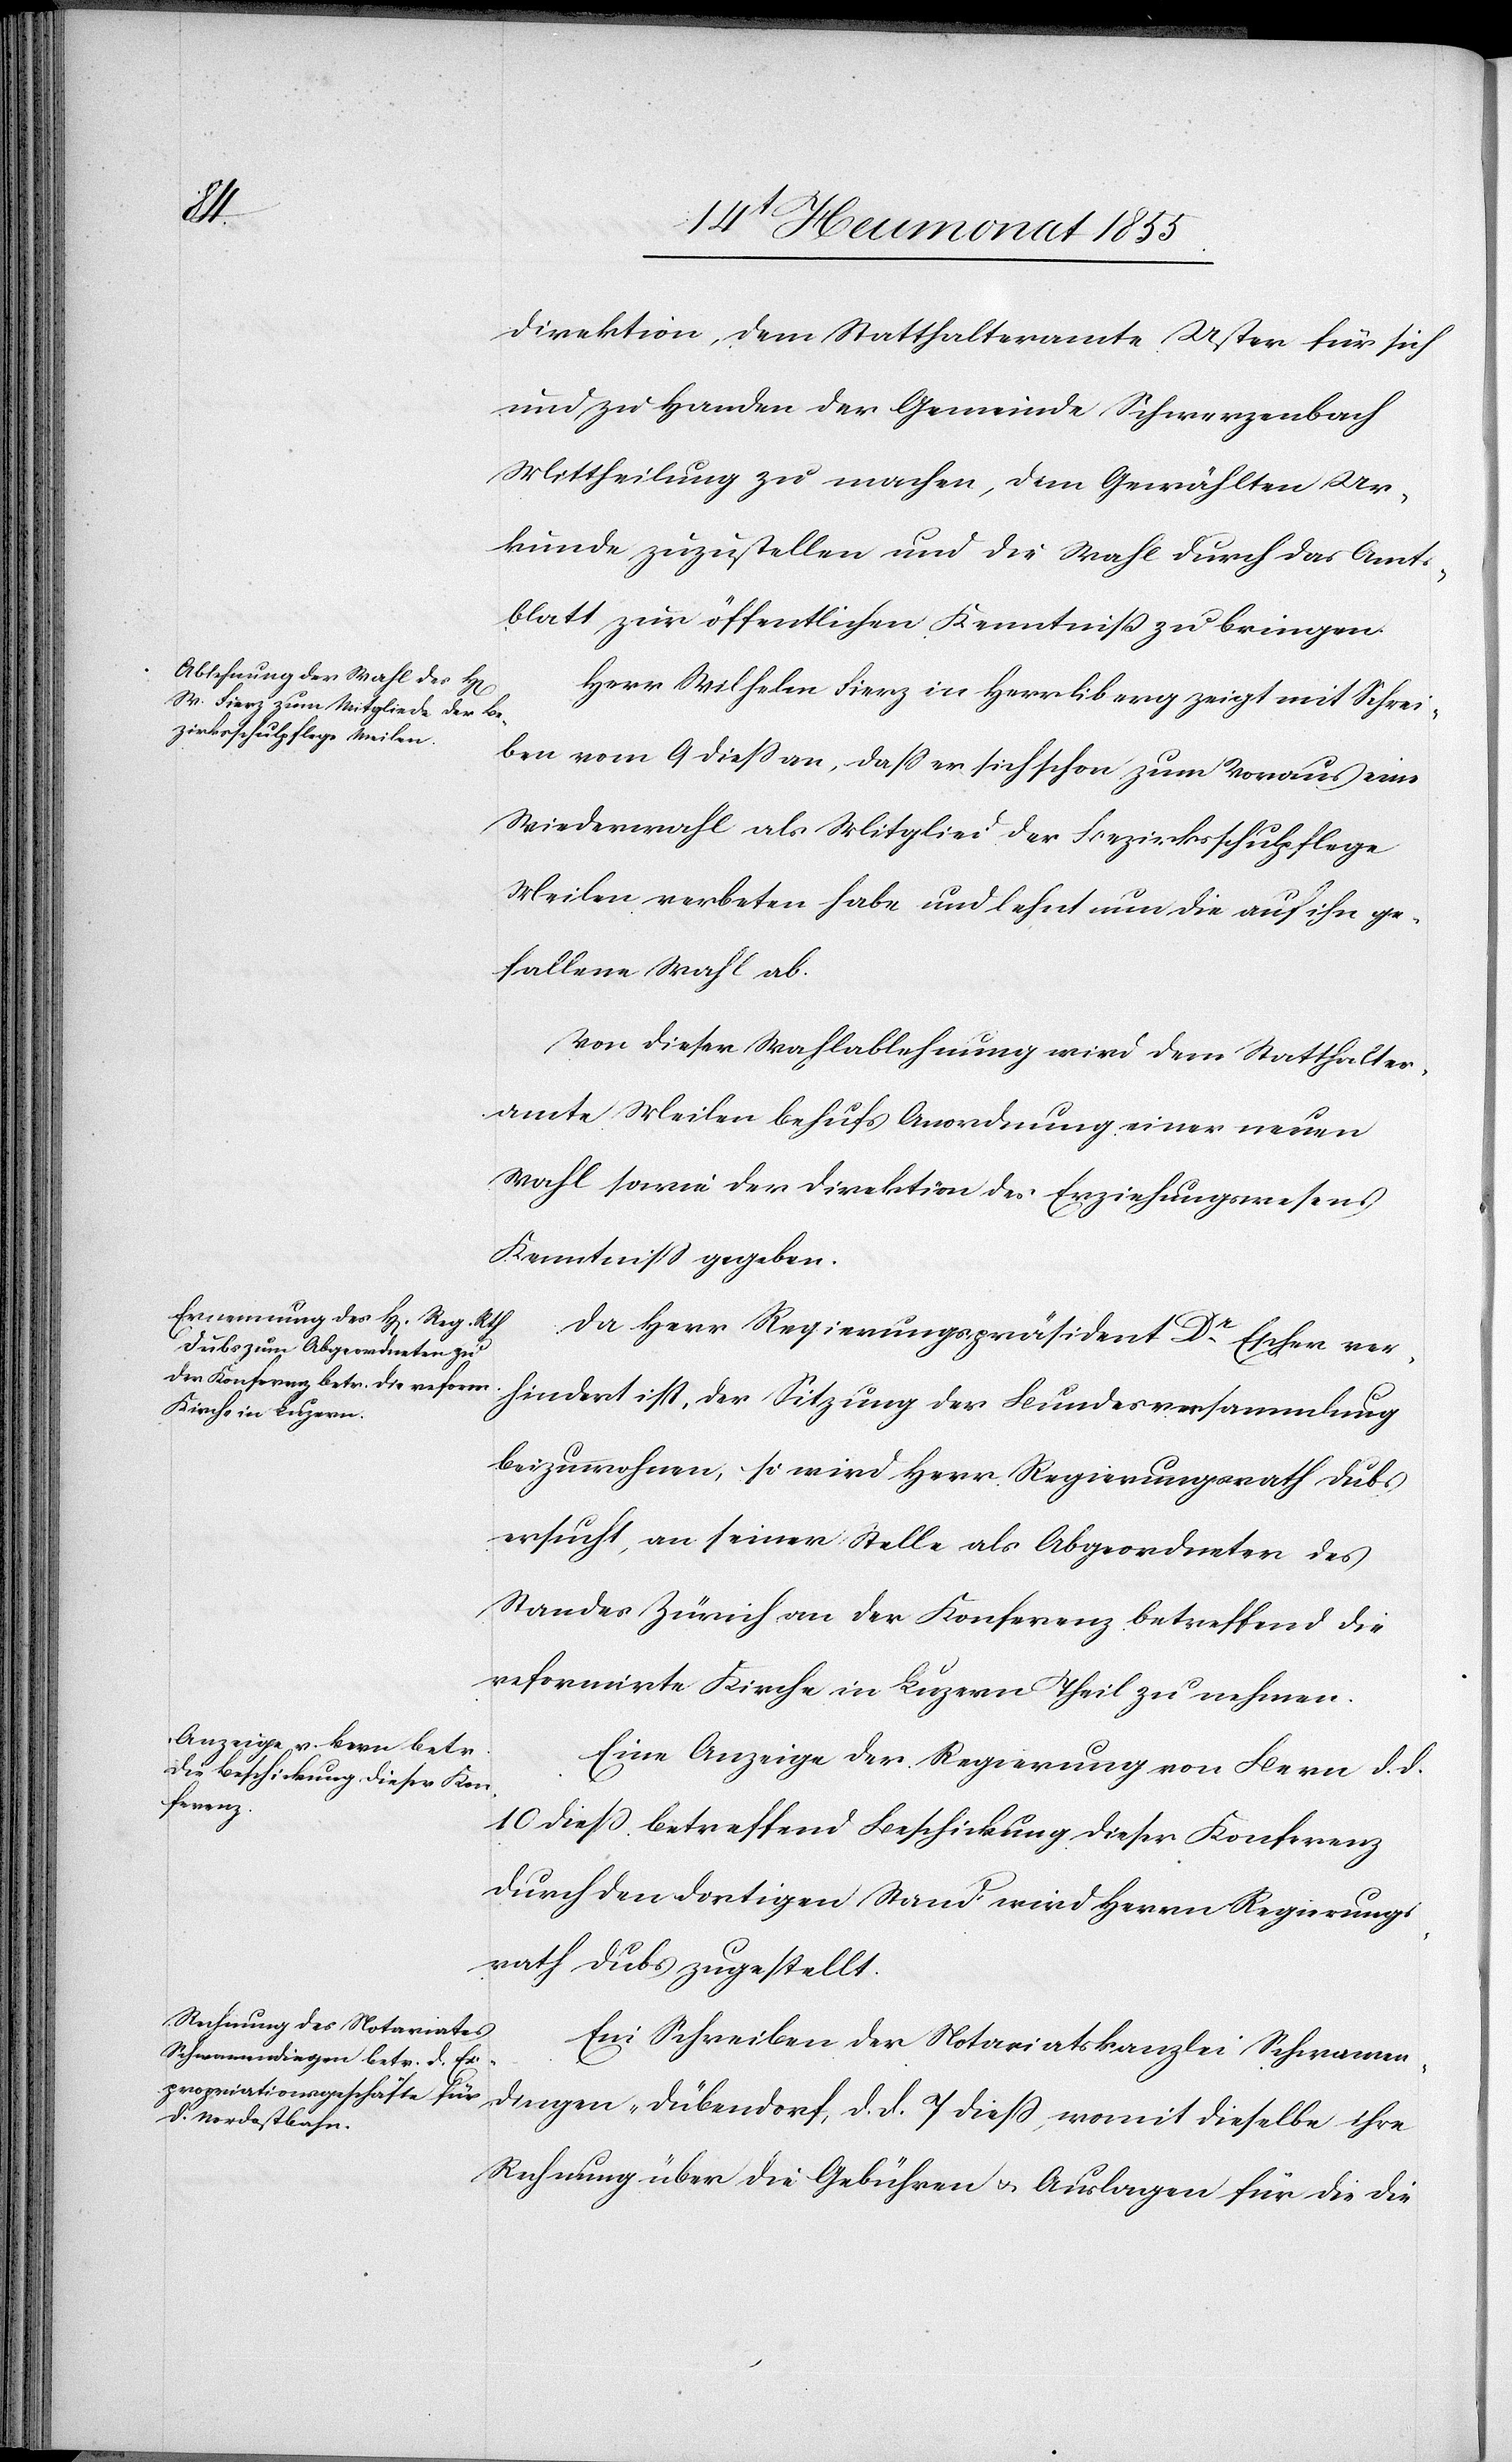
direktion, dem Statthalteramte Uster für sich
und zu Handen der Gemeinde Schwerzenbach
Mittheilung zu machen, dem Gewählten Ur¬
kunde zuzustellen und die Wahl durch das Amt¬
sblatt zur öffentlichen Kenntniß zu bringen.
Herr Wilhelm Fierz in Herrliberg zeigt mit Schrei¬
ben vom 9 diess an, dass er sich schon zum Voraus eine
Wiederwahl als Mitglied der Bezirksschulpflege
Meilen verbeten habe und lehnt nun die auf ihn ge¬
fallene Wahl ab.
Von dieser Wahlablehnung wird dem Statthalter¬
amte Meilen behufs Anordnung einer neuen
Wahl sowie der Direktion des Erziehungswesens
Kenntniss gegeben.
Da Herr Regierungspräsident Dr. Escher ver¬
hindert ist, der Sitzung der Bundesversammlung
beizuwohnen, so wird Herr Regierungsrath Dubs
ersucht, an seiner Stelle als Abgeordneter des
Standes Zürich an der Konferenz betreffend die
reformirte Kirche in Luzern Theil zu nehmen.
Eine Anzeige der Regierung von Bern d. d.
10 dieß betreffend Beschickung dieser Konferenz
durch den dortigen Stand wird Herrn Regierungs¬
rath Dubs zugestellt.
Ein Schreiben der Notariatskanzlei Schwamen¬
dingen-Dübendorf, d. d. 7 diess, womit dieselbe ihre
Rechnung über die Gebühren & Auslagen für die die